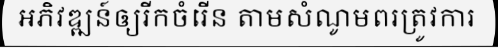
អភិវឌ្ឍន៍ឲ្យរីកចំរើន តាមសំណូមពរត្រូវការ